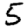
Digit: 5